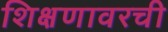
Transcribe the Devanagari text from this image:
शिक्षणावरची